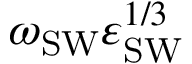
\omega _ { \mathrm { { S W } } } \varepsilon _ { \mathrm { { S W } } } ^ { 1 / 3 }